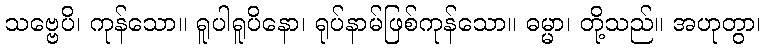
သဗ္ဗေပိ၊ ကုန်သော။ ရူပါရူပိနော၊ ရုပ်နာမ်ဖြစ်ကုန်သော။ ဓမ္မာ၊ တို့သည်။ အဟုတွာ၊